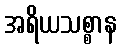
အရိယသစ္စာန